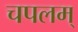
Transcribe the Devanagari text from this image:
चपलम्